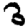
Digit: 3